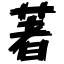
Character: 著